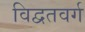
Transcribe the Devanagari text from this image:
विद्वतवर्ग